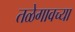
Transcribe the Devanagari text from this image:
तळेगावच्या